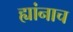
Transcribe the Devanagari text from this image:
ह्यांनाच